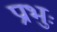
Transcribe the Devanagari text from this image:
प्रभुः